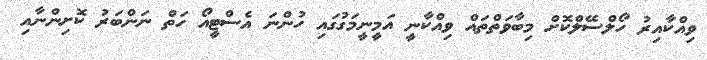
ވިއްކާއިރު ހޯލްސޭލްކޮށް މިބާވަތްތައް ވިއްކާނީ އަމީނީމަގުގައި ހުންނަ އެސްޓީއޯ ހަތް ނަންބަރު ކޮށިންނާއި